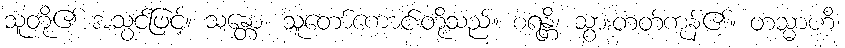
သူတို့၏ အသွင်ဖြင့်။ သန္တော၊ သူတော်ကောင်းတို့သည်။ စရန္တိ၊ သွားတတ်ကုန်၏။ တသ္မာဟိ၊